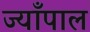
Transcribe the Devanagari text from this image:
ज्याँपाल